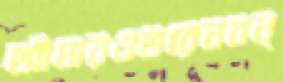
আঁধারওভরেনবন্